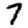
Digit: 7